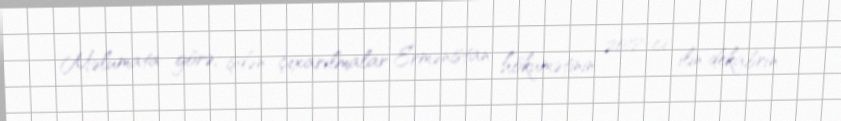
Məlumata görə, işdən çıxarılmalar Ermənistan hökumətinin 2018-ci ilin dekabrın